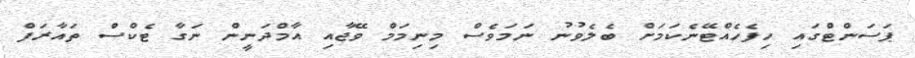
ޕަސަންޓްގައި ހިފެހެއްޓޭނެކަމަށް ބެލެވުނު ނަމަވެސް މިނިމަމް ވޭޖާއި އާމްދަނީން ނަގާ ޓެކްސް ތައާރަފް